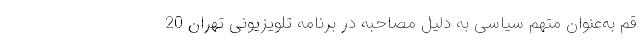
قم به‌عنوان متهم سیاسی به دلیل مصاحبه در برنامه تلویزیونی تهران 20